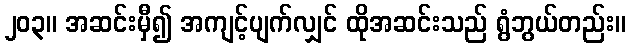
၂၀၃။ အဆင်းမှီ၍ အကျင့်ပျက်လျှင် ထိုအဆင်းသည် ရွံဘွယ်တည်း။